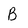
Character: B